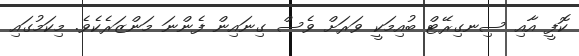
ކޮފީ އާއި ސިނގިރޭޓް ބުއިމަކީ ވަރަށް ވެސް ގިނައިން ފެންނަ މަންޒަރެކެވެ. މިކަމުގައި